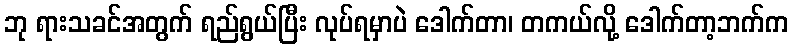
ဘု ရားသခင်အတွက် ရည်ရွယ်ပြီး လုပ်ရမှာပဲ ဒေါက်တာ၊ တကယ်လို့ ဒေါက်တာ့ဘက်က